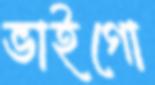
ভাইগো